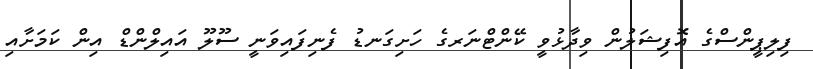
ފިލިޕީންސްގެ އޮފިޝަލުން ވިދާޅުވީ ކޭންޓްނަރގެ ހަށިގަނޑު ފެނިފައިވަނީ ސޫލޫ އައިލްންޑް އިން ކަމަށާއި